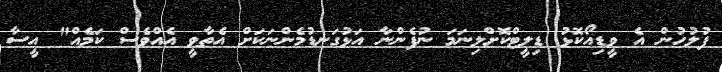
ފުލުހުން އެ ވީޑިއޯކޮޅު ޑިލީޓްކޮށްލިނަމަ ނުފެންނާ އަޅުގަނޑުމެންނަކަށް އެތާވީ އެއްވެސް ކަމެއް" އީސާ